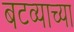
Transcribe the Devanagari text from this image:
बटव्याच्या